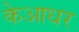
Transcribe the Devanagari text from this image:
केआधर